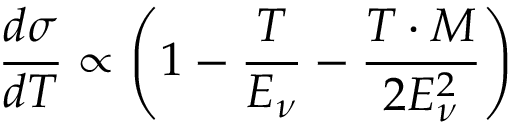
\frac { d \sigma } { d T } \propto \left( 1 - \frac { T } { E _ { \nu } } - \frac { T \cdot M } { 2 E _ { \nu } ^ { 2 } } \right)